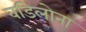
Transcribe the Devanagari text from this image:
वडिलोना